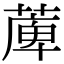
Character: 𦸣